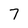
Character: 7